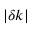
\vert \delta k \vert